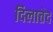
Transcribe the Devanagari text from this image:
दिलातेद